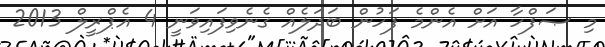
މި ޞަފްހާ އަށް އެންމެ ފަހުން ބަދަލެއް ގެނެވިފައިވަނީ 4 އެޕްރީލް 2013